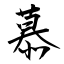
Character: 慕